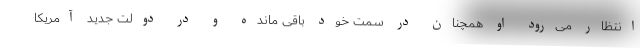
انتظار می‌رود او همچنان در سمت خود باقی مانده و در دولت جدید آمریکا